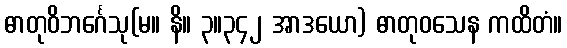
ဓာတုဝိဘင်္ဂေသု(မ။ နိ။ ၃။၃၄၂ အာဒယော) ဓာတုဝသေန ကထိတံ။